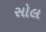
સોલ